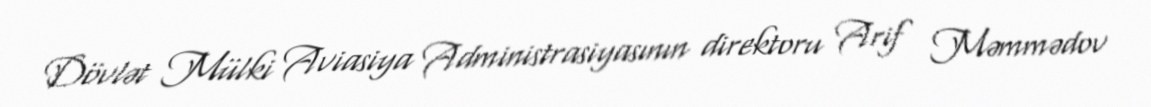
Dövlət Mülki Aviasiya Administrasiyasının direktoru Arif Məmmədov